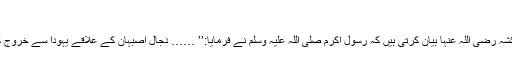
)
ام المومنین عائشہ رضی اللہ عنہا بیان کرتی ہیں کہ رسول اکرم صلی اللہ علیہ وسلم نے فرمایا:’’ …… دجال اصبہان کے علاقے یہودا سے خروج کرے گا….‘‘۔